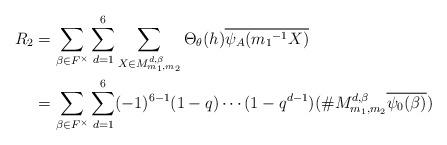
LaTeX: \begin{align*} R_2 &=\sum_{\beta \in F^{\times}}\sum_{d=1}^{6}\sum_{X \in M_{m_{1},m_{2}}^{ d,\beta}}\Theta_{\theta}(h)\overline{\psi_A({m_1}^{-1}X)}\\ &=\sum_{\beta \in F^{\times}} \sum_{d=1}^{6}(-1)^{6-1}(1-q) \cdots (1-q^{d-1})(\# M_{m_{1},m_{2}}^{ d,\beta}\overline{\psi_0(\beta)}) \end{align*}